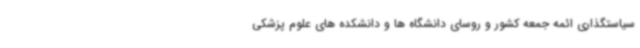
سیاستگذاری ائمه جمعه کشور و روسای دانشگاه ها و دانشکده های علوم پزشکی